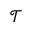
\mathcal { T }